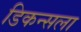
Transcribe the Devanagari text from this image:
डिकन्सला